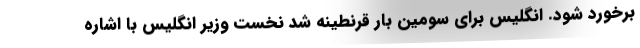
برخورد شود. انگلیس برای سومین بار قرنطینه شد نخست وزیر انگلیس با اشاره